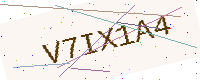
Text: V7IX1A4